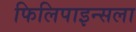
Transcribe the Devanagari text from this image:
फिलिपाइन्सला